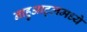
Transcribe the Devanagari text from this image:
नाहुआट्लमध्ये